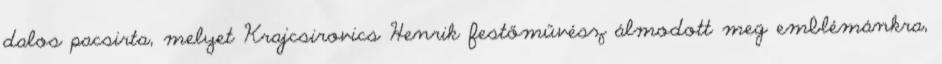
dalos pacsirta, melyet Krajcsirovics Henrik festőművész álmodott meg emblémánkra,